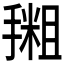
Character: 𪮩